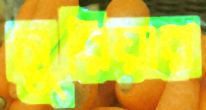
সুরিয়ার